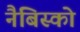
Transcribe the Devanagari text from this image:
नैबिस्को